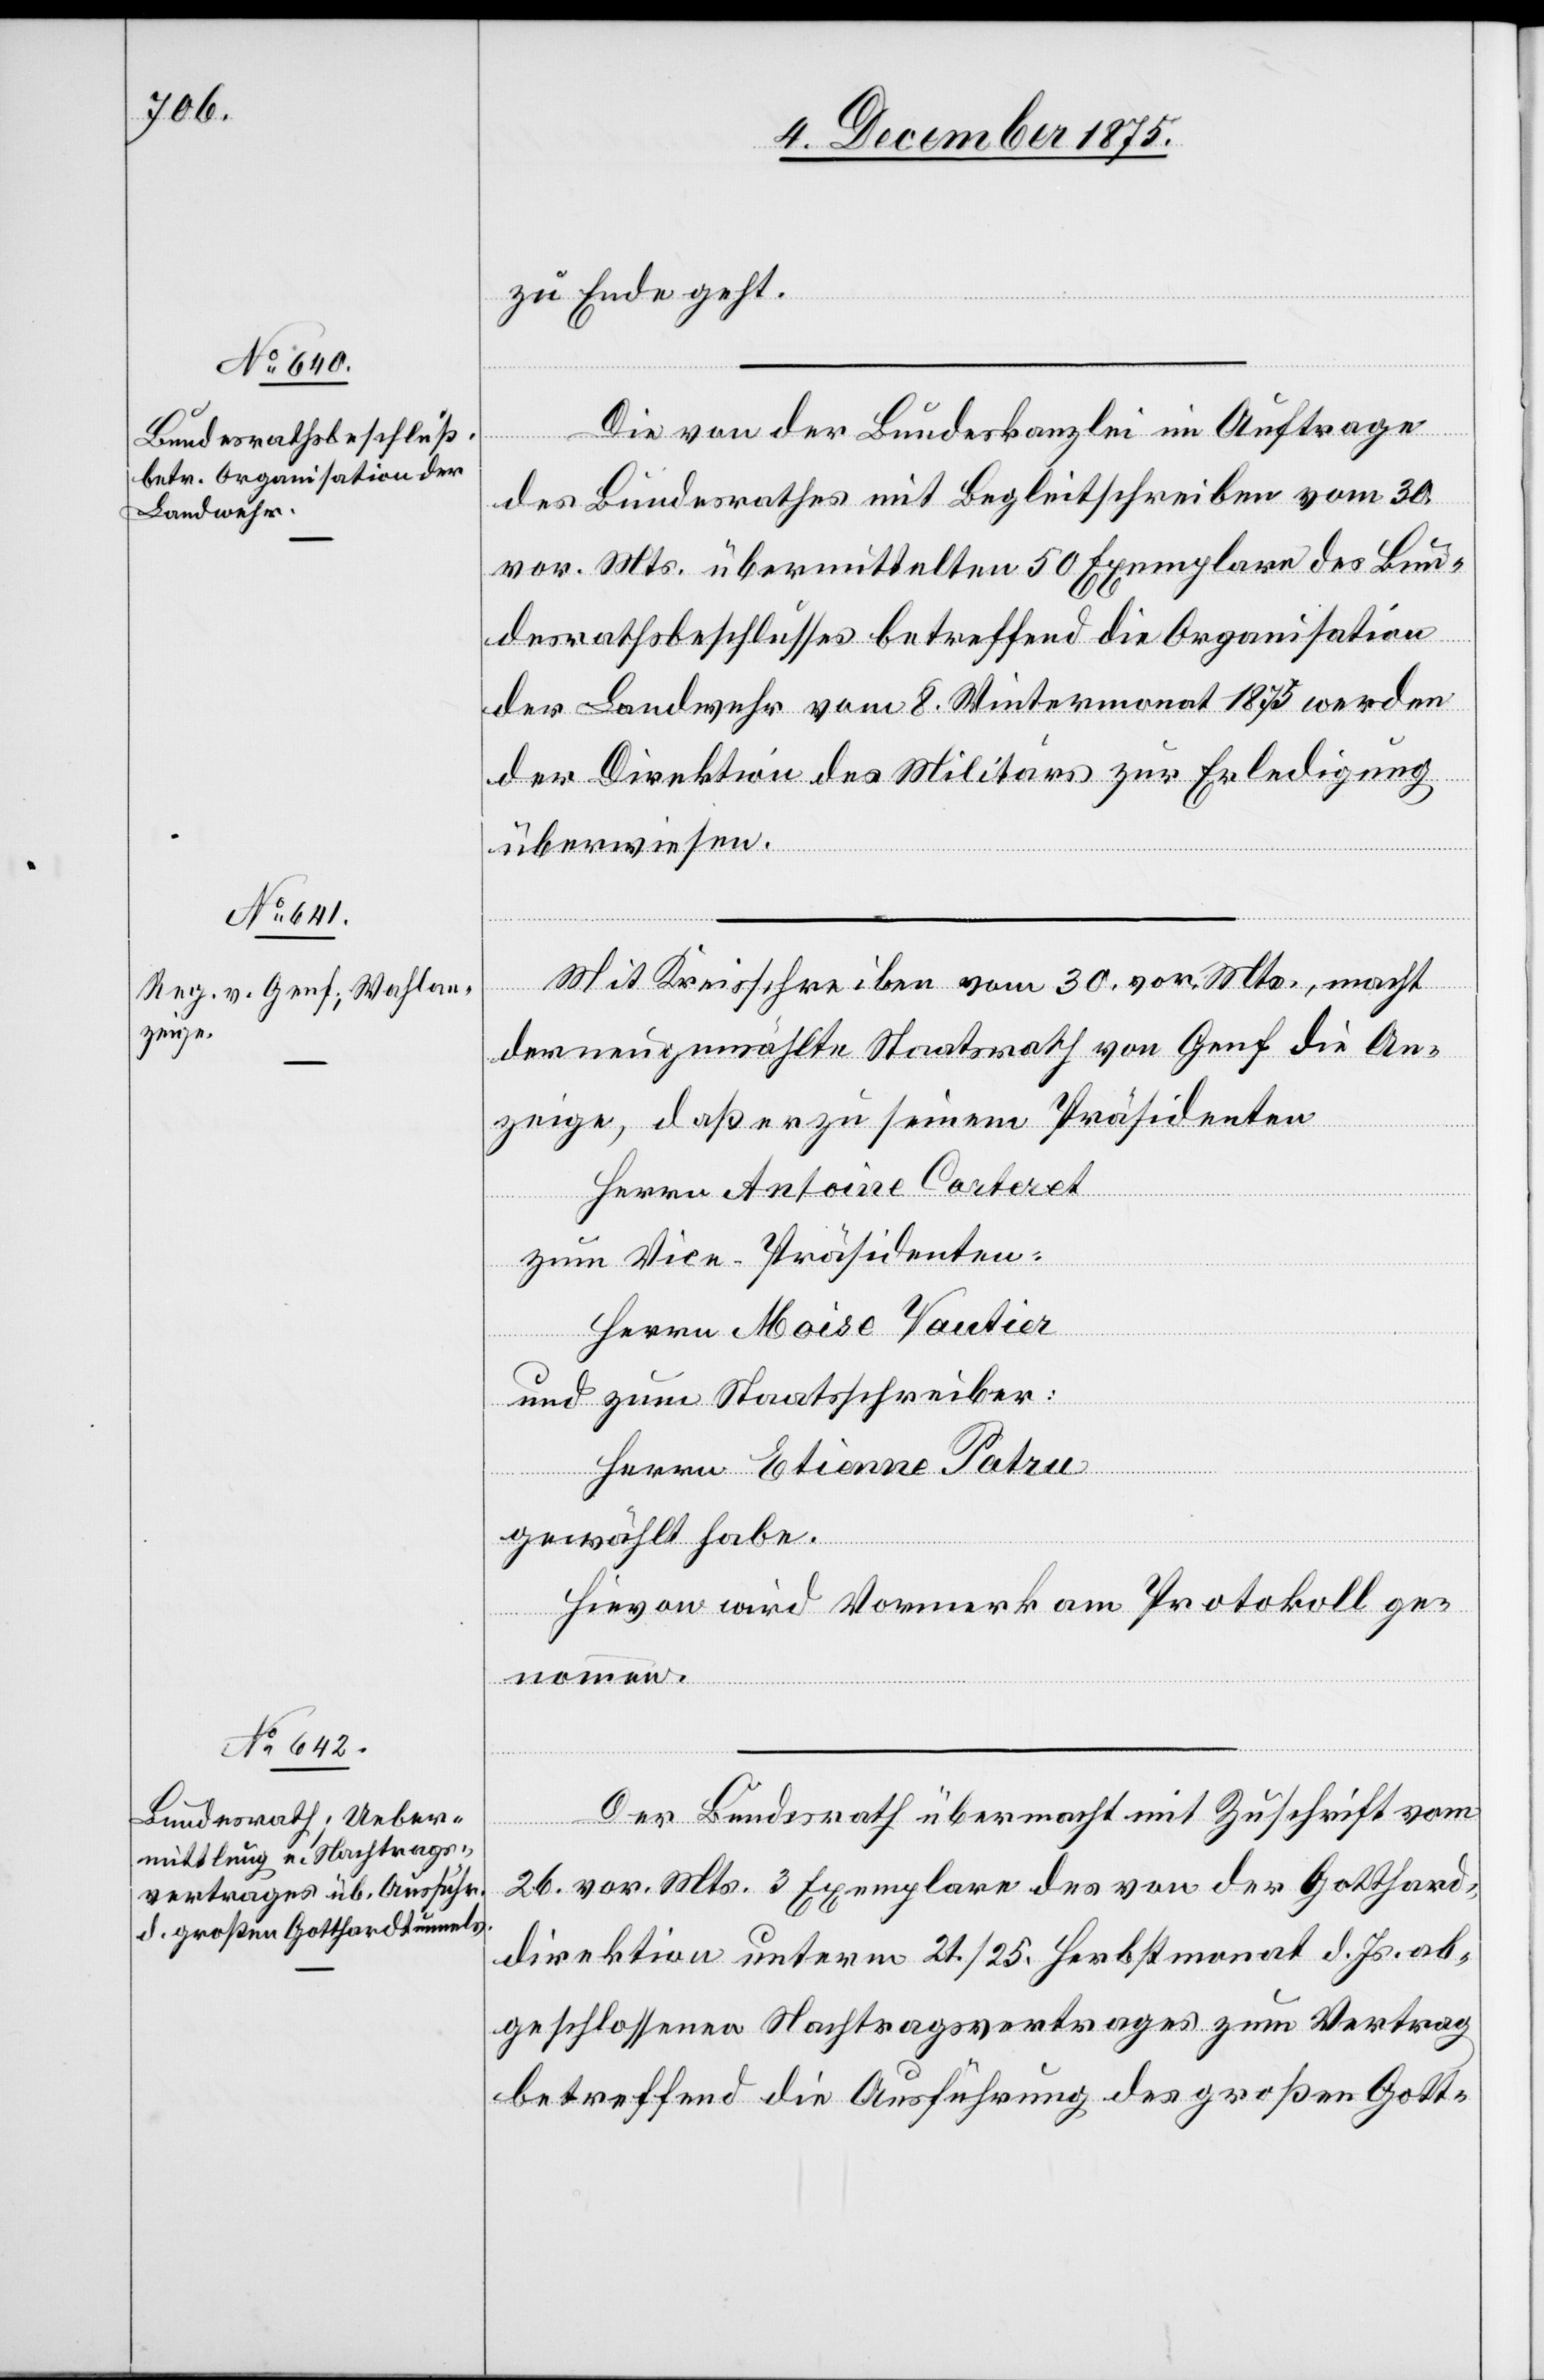
zu Ende geht.
Die von der Bundeskanzlei im Auftrage
des Bundesrathes mit Begleitschreiben vom 30.
vor. Mts. übermittelten 50 Exemplaren des Bun¬
desrathsbeschlusses betreffend die Organisation
der Landwehr vom 8. Wintermonat 1875 werden
der Direktion des Militärs zur Erledigung
überwiesen.
Mit Kreisschreiben vom 30. vor. Mts., macht
der neu gewählte Staatsrath von Genf die An¬
zeige, daß er zu seinem Präsidenten
Herrn Antoine Carteret
zum Vice-Präsidenten:
Herrn Moise Vautier
und zum Staatsschreiber:
Herrn Etienne Patru
gewählt habe.
Hievon wird Vormerk am Protokoll ge¬
nommen.
Der Bundesrath übermacht mit Zuschrift vom
26. vor. Mts. 3 Exemplare des von der Gotthard¬
direktion unterm 21./25. Herbstmonat d. Js. ab¬
geschlossenen Nachtragsvertrages zum Vertrag
betreffend die Ausführung des großen Gott-